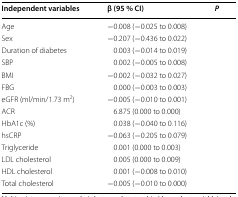
<table><thead><tr><td><b>Independent variables</b></td><td><b>β (95 % CI)</b></td><td><b><i>P</i></b></td></tr></thead><tbody><tr><td>Age</td><td>−0.008 (−0.025 to 0.008)</td><td>[EMPTY_CELL]</td></tr><tr><td>Sex</td><td>−0.207 (−0.436 to 0.022)</td><td>[EMPTY_CELL]</td></tr><tr><td>Duration of diabetes</td><td>0.003 (−0.014 to 0.019)</td><td>[EMPTY_CELL]</td></tr><tr><td>SBP</td><td>0.002 (−0.005 to 0.008)</td><td>[EMPTY_CELL]</td></tr><tr><td>BMI</td><td>−0.002 (−0.032 to 0.027)</td><td>[EMPTY_CELL]</td></tr><tr><td>FBG</td><td>0.000 (−0.003 to 0.003)</td><td>[EMPTY_CELL]</td></tr><tr><td>eGFR (ml/min/1.73 m<sup>2</sup>)</td><td>−0.005 (−0.010 to 0.001)</td><td>[EMPTY_CELL]</td></tr><tr><td>ACR</td><td>6.875 (0.000 to 0.000)</td><td>[EMPTY_CELL]</td></tr><tr><td>HbA1c (%)</td><td>0.038 (−0.040 to 0.116)</td><td>[EMPTY_CELL]</td></tr><tr><td>hsCRP</td><td>−0.063 (−0.205 to 0.079)</td><td>[EMPTY_CELL]</td></tr><tr><td>Triglyceride</td><td>0.001 (0.000 to 0.003)</td><td>[EMPTY_CELL]</td></tr><tr><td>LDL cholesterol</td><td>0.005 (0.000 to 0.009)</td><td>[EMPTY_CELL]</td></tr><tr><td>HDL cholesterol</td><td>0.001 (−0.008 to 0.010)</td><td>[EMPTY_CELL]</td></tr><tr><td>Total cholesterol</td><td>−0.005 (−0.010 to 0.000)</td><td>[EMPTY_CELL]</td></tr></tbody></table>